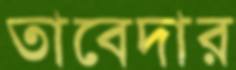
তাবেদার